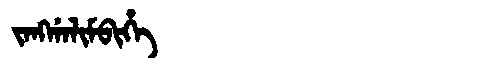
Manchu: ᠵᠠᠩᡤᠠᠯᡳᠮᠪᡳᡥᡝ
Romanization: JANGGALIMBIHE